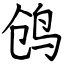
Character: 鸧